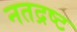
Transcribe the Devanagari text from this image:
नतद्रष्ट